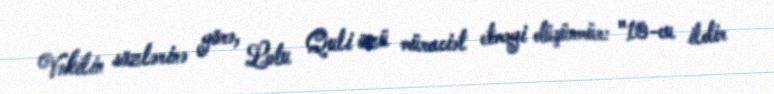
Vəkilin sözlərinə görə, Lotu Quli özü müraciət etməyi düşünmür: "10-cu ildir